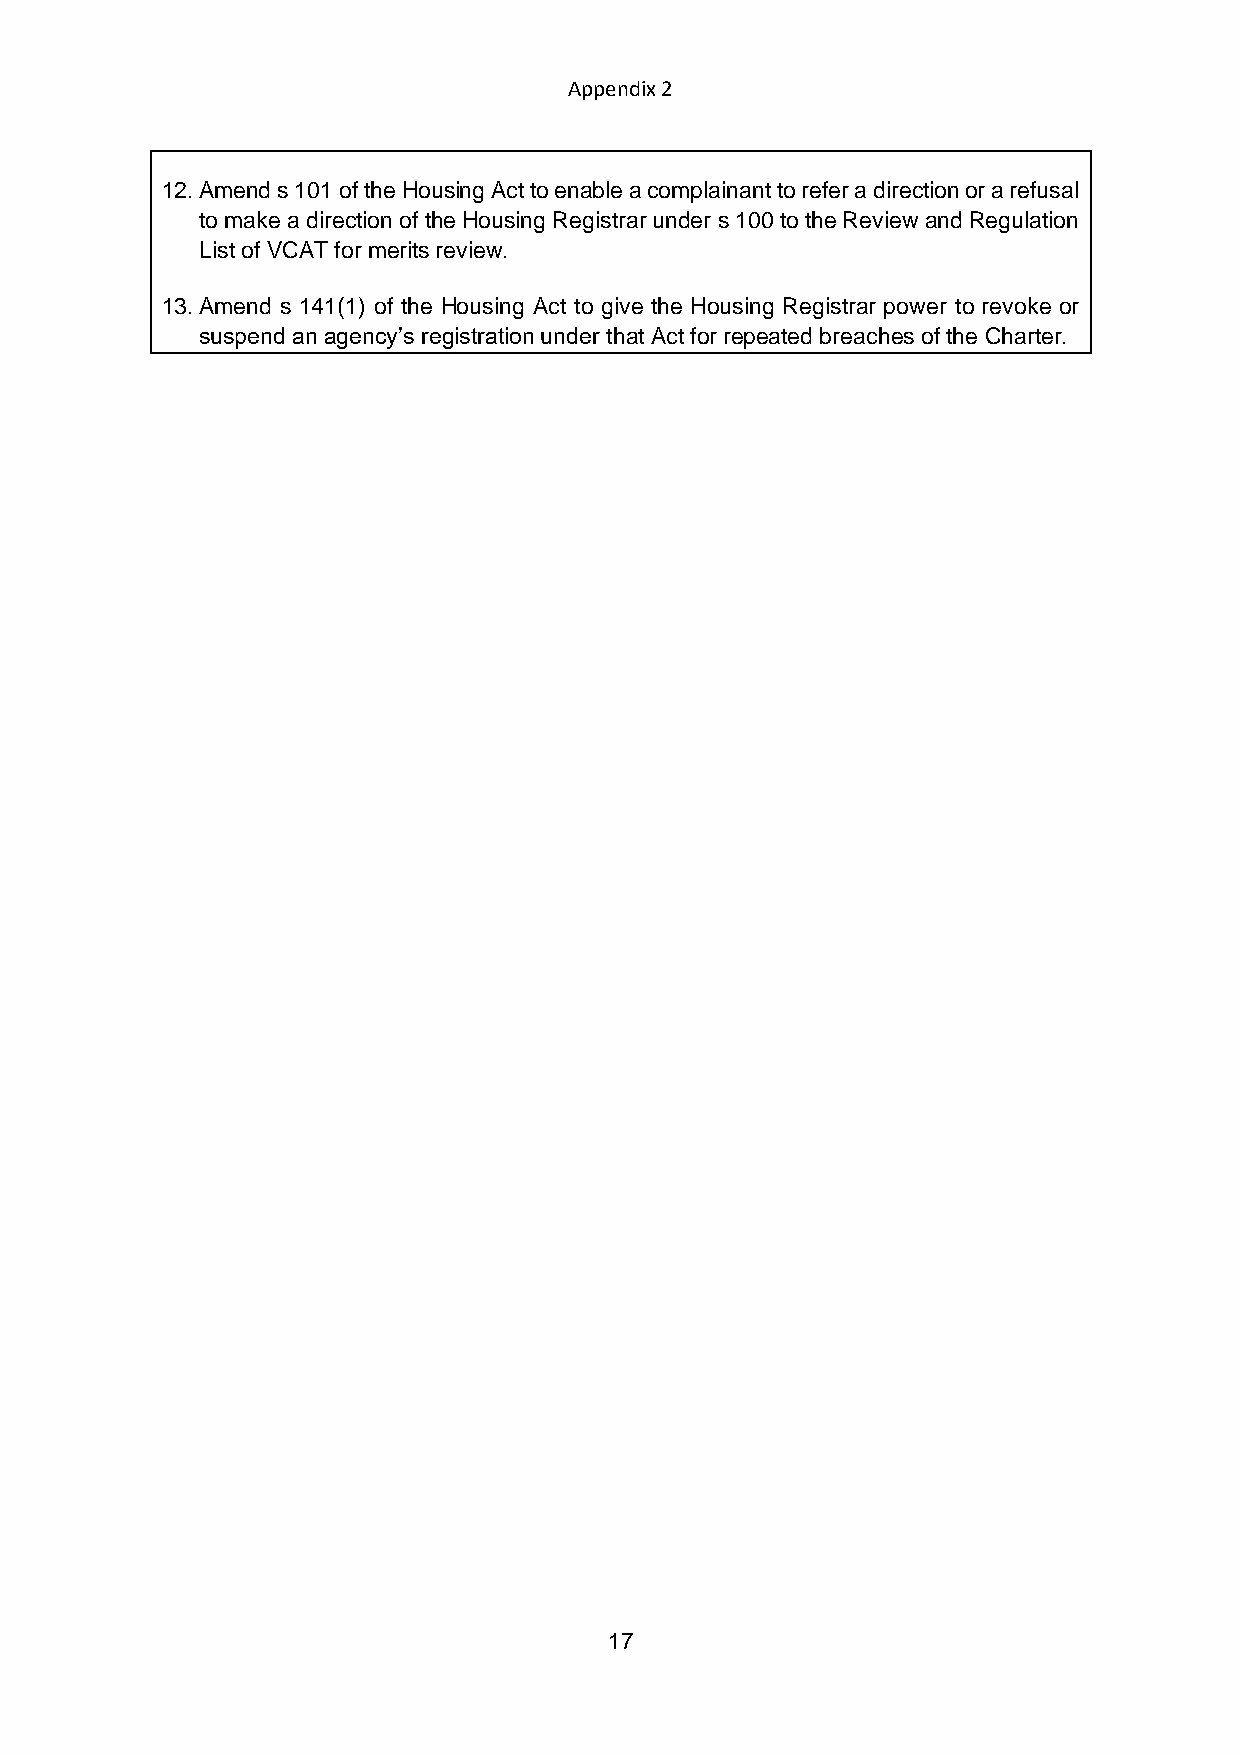
Appendix 2
 12. Amend s 101 of the Housing Act to enable a complainant to refer a direction or a refusal
 to make a direction of the Housing Registrar under s 100 to the Review and Regulation
 List of VCAT for merits review.
 13. Amend s 141(1) of the Housing Act to give the Housing Registrar power to revoke or
 suspend an agency’s registration under that Act for repeated breaches of the Charter.
 17